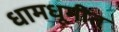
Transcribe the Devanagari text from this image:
धामधूमीत